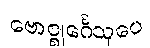
ဗောဇ္ဈင်္ဂေသုပေ